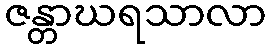
ဇန္တာဃရသာလာ